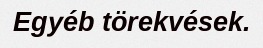
Egyéb törekvések.